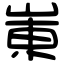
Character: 崬